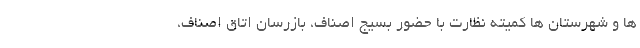
ها و شهرستان ها کمیته نظارت با حضور بسیج اصناف، بازرسان اتاق اصناف،